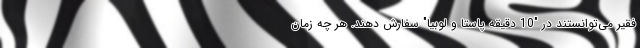
فقیر می‌توانستند در "10 دقیقه پاستا و لوبیا" سفارش دهند. هر چه زمان